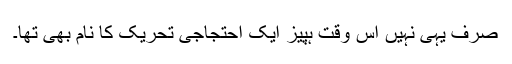
صرف یہی نہیں ُاس وقت ہپیز ایک احتجاجی تحریک کا نام بھی تھا۔